Vaccination in the Punjab 1905-1918 - 1905-1918
Year: 1905
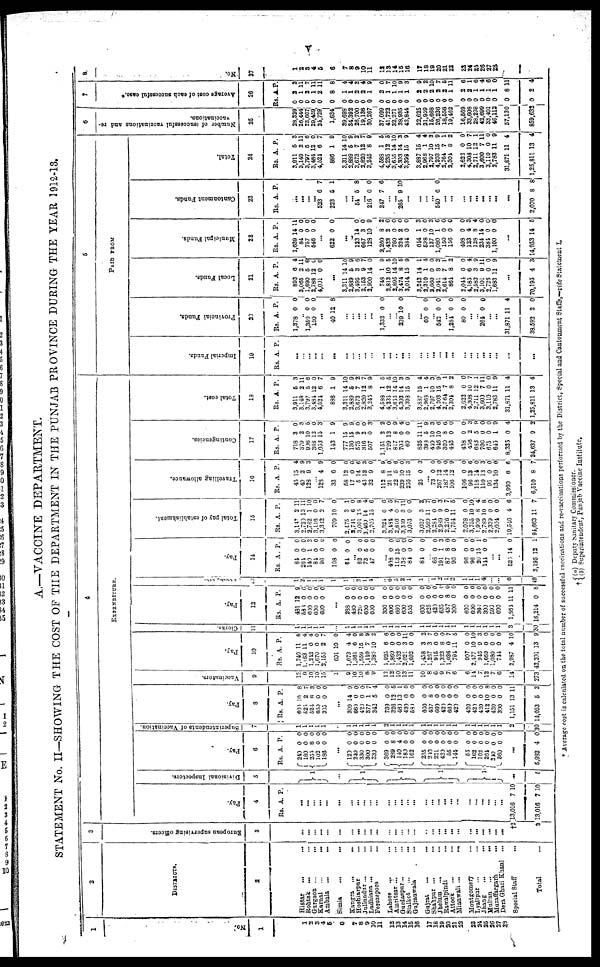
v
A.—VACCINE DEPARTMENT.
STATEMENT No. II—SHOWING THE COST OF THE DEPARTMENT IN THE PUNJAB PROVINCE DURING THE YEAR 1912-13.
1
1
1
1
2
3
4
5
6
7
8
9
10
11
12
13
14
15
16
17
18
19
20
21
22
23
24
25
26
27
28
2
DISTRICTS.
2
Hissar ... ...
Rohtak ... ...
Gurgaon ... ...
Karnal ... ...
Ambala
... ...
Simla
...
...
Kangra ... ...
Hoshirpur ...
Jullundur ... ...
Ludhiana ... ...
Ferozepore ...
Lahore ... ...
Amritsar ... ...
Gurdaspur ... ...
Sialkot ... ...
Gujranwala ...
Gujrat ... ...
Shahpur ... ...
Jhelum ... ...
Rawalpindi ...
Attock ... ...
Mianwali ...
...
Montgomery ...
Lyallpur ... ...
Jhang ... ...
Multan ... ...
Muzaffargarh
...
Dera Ghazi Khan ...
Special Staff
...
Total ...
3
European supervising officers.
3
...
...
...
...
...
...
...
...
...
...
...
...
... ...
...
...
...
...
...
...
...
...
...
...
...
...
...
...
†2
2
4
EXPENDITURE.
Pay.
4
Rs. A. P.
...
...
...
... ...
...
...
...
...
... ...
...
... ...
...
...
...
...
...
...
... ...
...
...
... ...
...
...
13,016
13,016
7
7
10
10
Divisional Inspectors.
5
1
...
1
1
1
...
5
Pay.
6
Rs.
240
180
255
102
188
A.
0
0
8
0
0
P.
0
0
0
0
0
...
120
240
330
300
330
369
289 140
180
162
235
240
221
420
55 144
55
162
162
264
240
360
0
0
0 0
0
0
8 4
0
0
0
0
0 0
0
0
0
0
0
0
0
0
0
0
0
0
0
0
0 0
0
0
0
0
0 0
0
0
0
0
0
0
0
0
...
5,982 4 0
Superintendents of Vaccination.
7
1
1
1
1
1
...
1
1
1
1
1
1
1 1
1
1
1
1
1
1
1
1
1
1
1
1
1
1
2
30
Pay.
8
RS.
600
525 524
660
393
A.
10
2
8
0
0
P.
8
7
3
0
0
...
309
660
429
377
342
739
326 460
430
580
660
437
660 420
600
420
420
420
420
412
420
300
1,151
14,053
14
0
0 1
5
0
12 13
0
0
0
8
0 0
0
0
0
0
0
10
0
0
13
5
9
0
0
7
4
0
5 1
0
0
0
0
0 0
0
0
0
0
0
8
0
0
11
3
Vaccinators.
9
13
9
10
10
15
1
9
10
10
8
9
12
12
10
13
11
10
8
6
9
7
6
6
14
7 12
7
6
14
273
Pay.
10
Rs.
1,740
1,163
1,242
1,670
2,155
601
1,673
1,361
1,559
1,110
1,386
1,925
1,860 1,432
2,021
1,692
1,458
1,267
915
1,323
1,036
794
907
2,477
913
1,669
1,080
744
2,987
12 201
A.
11
11
0
0
2
10
4
6
15
7
10
6
0 0
3
0
3
3
0
8
0
11
0
10
9
0
0
0
4
13
P.
6
4
4
0
7
0
4
0
8
9
2
6
0 0
11
0
2
7
0
0
7
5
0
10
3
0
0
0
10
9
Clerks.
11
1
1
1
1
1
...
1
1
1
1
1
1
1 1
1
1
1
1
1
1
1
1
1
1
1
1
1
1
3
30
Pay.
12
Rs.
431
583
600
600
600
A.
12
0
0
0
0
P.
9
0
0
0
0
...
288
480
720
600
600
300
600
660
600
555
600
625
420
635
437
300
600
600
360
300
599
600
1,864
16,214
0
0
0
0
0
0
0
0
0
0
0
0
0 0
8
0
0
0
0
0
0
0
11
0
0
0
0
0
0
0
0
0
0
0
0
0
0
0
0 0
0
0
0
0
0
0
11
8
Peons,&c.
13
1
2
1
1
1
1
1
... 2
1
4
...
6
5
2
1
1
...
1
2
1
2
1
1
1
4
...
...
6
49
Pay.
14
Rs.
84
264
140
84
96
108
84
A.
0
0
1
0
0
0
0
P.
0
0
3
0
0
0
0
... 62
73
47
0
5
0
0
0
0
...
408
113
138
84
84
0
15
0
0
0
0
6
0
0
0
... 68
191
87
93
96
96
20
144
0 1
8
0
0
0
15
0
0 3
0 0
0
0
1
0
...
...
525
3,195
14
12
0
1
Total pay of establishment.
15
Rs.
3,147
2,720
2,762
3,116
3,342
709
2,475
3,741
3,091
2,460
2,705
3,324
3,481
2,816
3,359
3,073
3,037
2,569
2,284
2,989
2,276
1,754
2,078
3,755
1,909
2,789
2,339
2,004
19,546
94,663
A.
2
13
1
0
2
10
3
6
15
14
15
6
4
0
3
0
3
11
0
9
0
11
0
10
8
10
0
0
4
11
P.
11
11
10
0
7
0
1
0
8
4
6
6
5
7
11
0
2
7
0
3
7
5
0
10
4
8
0
0
6
7
Travelling allowance.
16
Rs.
45
40
128
A.
15
2
9
P.
4
9
3
... 128
33
58
17
5
43
32
112
21
22
239
256
25
4
6
12
0
14
12
9
8
11
5
10
15
0
9
0
0
0
6
3
0
9
0
6
0
3
3
...
73
267
187
106
106
96
118
110
96
134
3,990
6,510
0
12
14
12
0
13
14
13
0
10
6
8
0
0
0
9
0
6
0
3
0
0
6
7
Contingencies.
17
Rs.
718
379
906
368
1,053
143
777
130
575
316
507
1,151
729
817
705
69
825
398
440
946
300
443
438
456
683
700
675
645
8,335
24,637
A.
3
2
10
12
15
1
15
15
9
2
0
2
13
8
0
0
11
5
10
10
8
0
0
2
5
0
0
0
0
9
P.
0
3
5 0
3
9
9
9
0
0
3
2
0
9
4
6
11
9
3
6
6
0
0
3
9 0
0
0
4
2
Total cost.
18
Rs.
3,911
3,149
3,797
3,484
4,524
886
3,311
2,889
3,673
2,820
3,245
4,588
4,235
3,655
4,303
3,398
3,887
2,968
2,797
4,203
2,764
2,304
2,622
4,308
2,711
3,600
3,110
2,783
31,871
1,25,811
A.
5
2
5
12
6
1
14
5
7
12
8
1
12
14
14
15
15
1
10
15
7
8
0
10
12
7
0
11
11
13
P.
3
11
6
0
7
9
10
9
2
7
9
5
5
10
3
9
4
4
3
9
1
2
0
7
1
11
0
9
4
4
5
PAID FROM
Imperial Funds.
19
Rs. A. P.
...
...
... ...
...
...
...
...
... ...
...
...
...
... ...
...
...
... ...
...
...
...
...
...
... ...
...
...
...
...
Provincial Funds.
20
Rs.
1,378
A.
0
P.
0
... 1,350
150
0
0
0
0
...
40 12 8
...
...
...
...
...
1,332 0 0
... ... 239 10 0
...
...
60 0 0
...
542 0 0
...
1,284
80
0
0
0
0
...
... 264 0 0
...
...
31,871
38,592
11
2
4
0
Local Funds.
21
Rs.
893
3,065
1,690
2,788
4,001
A.
6
2
5
12
0
P.
4
11
6
0
0
...
3,311
2,889
3,495
2,153
2,900
748
2,813
2,895
3,474
3,014
3,243
2,310
2,660
2,041
2,614
864
2,044
4,185
2,583
3,101
2,726
1,683
14
5
3
9
14
1
10
14
8
15
14
1
0
8
7
8
0
6
3
9
0
11
10
9
6
7
0
9
5
10
5
9
1
4
0
3
1
2
0
4
9
11
0
9
...
70,195 4 3
Municipal Funds.
22
Rs.
1,639
84
757
546
A.
14
0
0
0
P.
11
0
0
0
...
622 0 0
...
...
123
667
128
2,260
1,422
760
324
334
644
598
137
1,080
150
156
498
123
128
234
384
1,100
14
3
10
8
2
0
2
0
1
0
10
1
0
0
0
4
8
14
0
0
0
0
9
2
0
0
0
0
3
0
3
6
0
0
0
3
4
0
0
0
...
14,953 14 5
Cantonment Funds.
23
Rs.
A. P.
...
...
... ...
523
223
6
5
7
1
...
...
54 5 8
...
216
247
0
7
0
6
... ...
265 9 10
...
...
...
...
540 6 0
...
...
...
...
...
... ...
...
...
2,070 8 8
Total.
24
Rs.
3,911
3,149
3,797
3,484
4,524
886
3,311
2,889
3,673
2,820
3,245
4,588
4,235
3,635
4,303
3,398
3,887
2,968
2,797
4,203
2,764
2,304
2,622
4,308
2,711
3,600
3,110
2,783
31,871
1,25,811
A.
5
2
5
2
6
1
14
5
7
12
8
1
12
14
14
15
15
1
10
15
7
8
0
10
12
7
0
11
11
13
P.
3
11
6
0
7
9
10
9 2
7
9
5
5
10
3
9
4
4
3
9
1
2
0
7
1
11
0
9
4
4
6
Number of successful vaccinations and re¬
vaccinations.
25
28,329
26,444
23,667
29,459
24,729
1,634
39,698
34,392
26,700
19,136
30,267
37,099
41,722
32,271
38,935
42,844
22,625
21,959
15,668
26,236
18,558
19,462
16,569
33,608
28,279
42,699
33,401
46,112
57,130
859,632
7
Average cost of each successful case.*
26
Rs.
0
0
0
0
0
0
0
0
0
0
0
0
0
0
0
0
0
0
0
0
0
0
0
0
0
0
0
0
0
0
A.
2
1
2
1
2
8
1
1
2
2
1
2
1
1
1
1
2
2
2
2
2
1
2
2
1
1
1
1
8
2
P.
2
11
7
11
11
8
4
4
2
4
9
0
7
10
9
3
9
2
10
7
5
11
6
1
6
4
6
0
11
4
8
No.
27
1
2
3
4
5
6
7
8
9
10
11
12
13 14
15
16
17
18
19
20
21
22
23
24
25
26
27
28
* Average cost is calculated on the total number of successful vaccinations and re-vaccinations performed by the District, Special and Cantonment Staffs,—vide Statement I.
† (a)Deputy Sanitary Commissioner.
(b)Superintendent, Punjab Vaccine Institute.